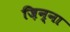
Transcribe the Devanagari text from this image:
ज़िन्ना